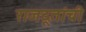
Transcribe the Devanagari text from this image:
राजदूतांची